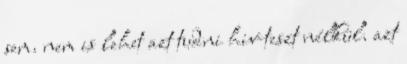
sem. nem is lehet azt tudni hiv-teszt nélkül. azt